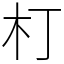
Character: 朾